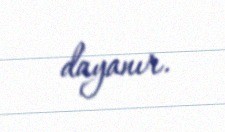
dayanır.